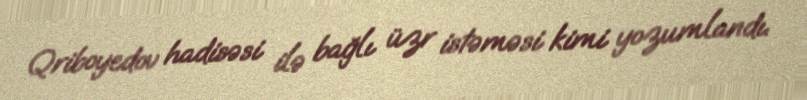
Qriboyedov hadisəsi ilə bağlı üzr istəməsi kimi yozumlandı.